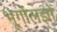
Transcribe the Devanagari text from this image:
भूगोलज्ञों